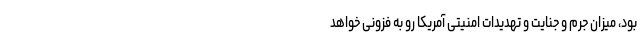
بود، میزان جرم و جنایت و تهدیدات امنیتی آمریکا رو به فزونی خواهد